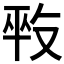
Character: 𠭕